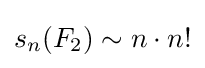
s_{n}(F_{2})\sim n\cdot n!